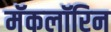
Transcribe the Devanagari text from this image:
मॅकलॉरिन